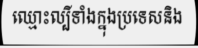
ឈ្មោះល្បីទាំងក្នុងប្រទេសនិង